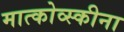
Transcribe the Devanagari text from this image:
मात्कोव्स्कीना